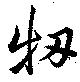
牣